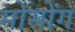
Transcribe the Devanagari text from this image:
मोसोंग